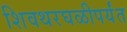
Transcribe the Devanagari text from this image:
शिवथरघळीपर्यंत